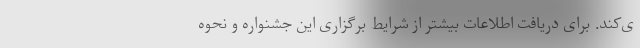
ی‌کند. برای دریافت اطلاعات بیشتر از شرایط برگزاری این جشنواره و نحوه